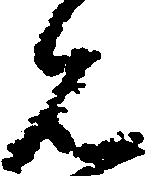
見